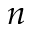
n